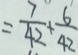
= \frac { 7 } { 4 2 } + \frac { 6 } { 4 2 }